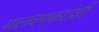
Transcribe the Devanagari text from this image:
मालवणकरांशी